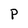
Character: P